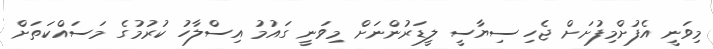
މިވަނީ އެފުށްމިފުށަށް ޖެހި ސިޔާސީ ލީޑަރުންނަށް މިވަނީ ގައުމު އިސްލާހު ކުރުމުގެ މަސައްކަތަށް